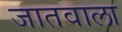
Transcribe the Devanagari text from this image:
जातवाला